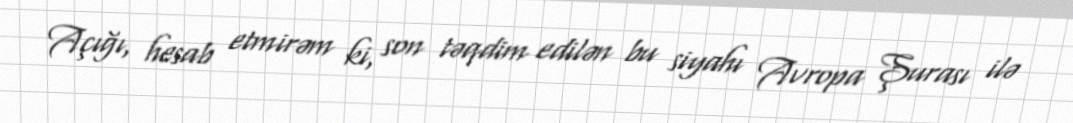
Açığı, hesab etmirəm ki, son təqdim edilən bu siyahı Avropa Şurası ilə